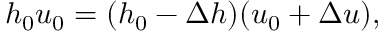
h _ { 0 } u _ { 0 } = ( h _ { 0 } - \Delta h ) ( u _ { 0 } + \Delta u ) ,